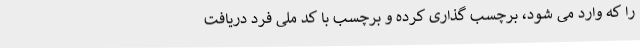
را که وارد می‌ شود، برچسب ‌گذاری کرده و برچسب با کد ملی فرد دریافت